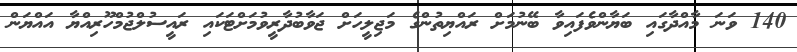
140 ވަނަ މާއްދާގައި ބަޔާންވެފައިވާ ބޭނުމަށް ރައްޔިތުންގެ މަޖިލީހަށް ޖަވާބުދާރީވުމަށްޓަކައި ރައީސުލްޖުމްހޫރިއްޔާ އައްޔަން